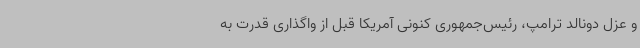
و عزل دونالد ترامپ، رئیس‌جمهوری کنونی آمریکا قبل از واگذاری قدرت به